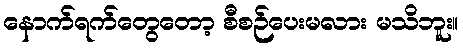
နောက်ရက်တွေတော့ စီစဉ်ပေးမလား မသိဘူး။